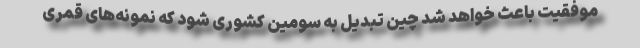
موفقیت باعث خواهد شد چین تبدیل به سومین کشوری شود که نمونه‌های قمری